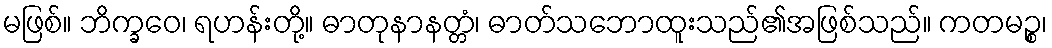
မဖြစ်။ ဘိက္ခဝေ၊ ရဟန်းတို့။ ဓာတုနာနတ္တံ၊ ဓာတ်သဘောထူးသည်၏အဖြစ်သည်။ ကတမဉ္စ၊